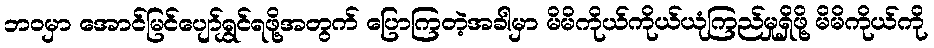
ဘဝမှာ အောင်မြင်ပျော်ရွှင်ရဖို့အတွက် ပြောကြတဲ့အခါမှာ မိမိကိုယ်ကိုယ်ယုံကြည်မှုရှိဖို့ မိမိကိုယ်ကို